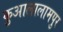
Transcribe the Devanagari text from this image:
कुआलालामपुर